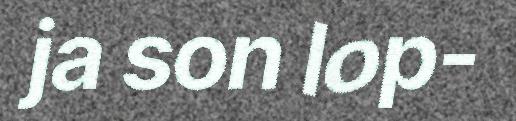
ja son lop-